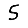
Digit: 5